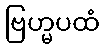
ဗြဟ္မပထံ